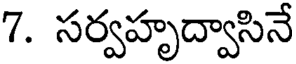
7. సర్వహృద్వాసినే